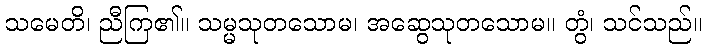
သမေတိ၊ ညီကြ၏။ သမ္မသုတသောမ၊ အဆွေသုတသောမ။ တွံ၊ သင်သည်။